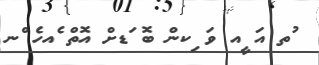
ުތ އަ ީއ ވަ ިކން ބޮ ަޑށް އޮތް ެއހެ ްނ